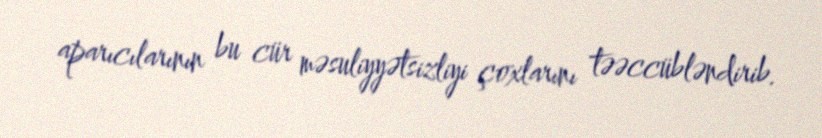
aparıcılarının bu cür məsuliyyətsizliyi çoxlarını təəccübləndirib.